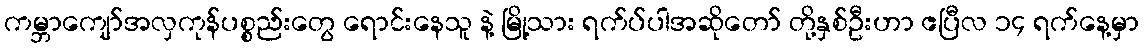
ကမ္ဘာကျော်အလှကုန်ပစ္စည်းတွေ ရောင်းနေသူ နဲ့ မြို့သား ရက်ပ်ပါအဆိုတော် တို့နှစ်ဦးဟာ ဧပြီလ ၁၄ ရက်နေ့မှာ